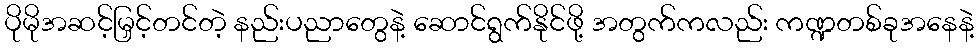
ပိုမိုအဆင့်မြှင့်တင်တဲ့ နည်းပညာတွေနဲ့ ဆောင်ရွက်နိုင်ဖို့ အတွက်ကလည်း ကဏ္ဍတစ်ခုအနေနဲ့